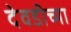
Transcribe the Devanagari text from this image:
देवडीच्या